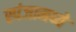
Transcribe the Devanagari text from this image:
स्पंजामध्ये